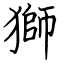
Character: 獅